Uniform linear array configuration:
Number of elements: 4
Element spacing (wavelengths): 0.75
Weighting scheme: blackman
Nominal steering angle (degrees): -45
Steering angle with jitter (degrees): -44.124
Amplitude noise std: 0.05
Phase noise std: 0.05

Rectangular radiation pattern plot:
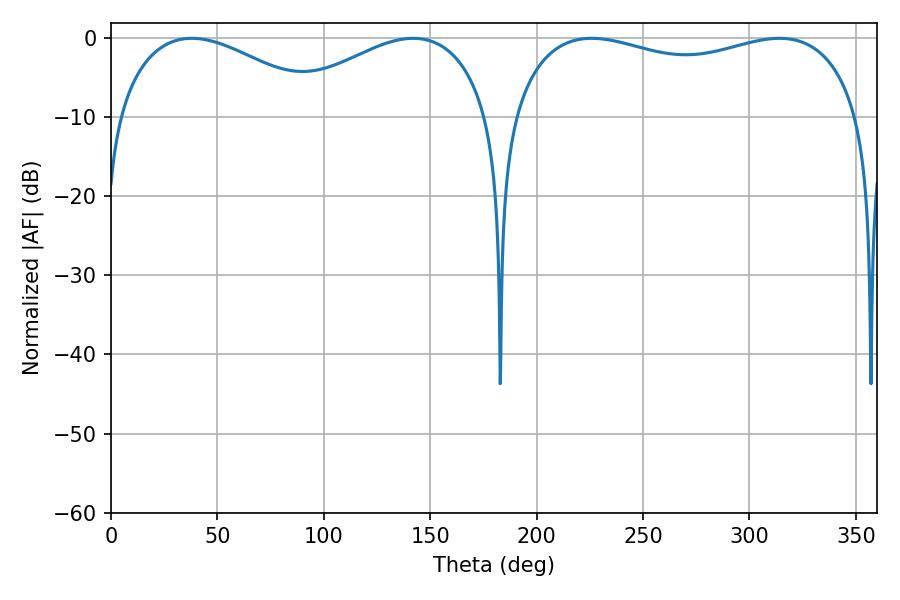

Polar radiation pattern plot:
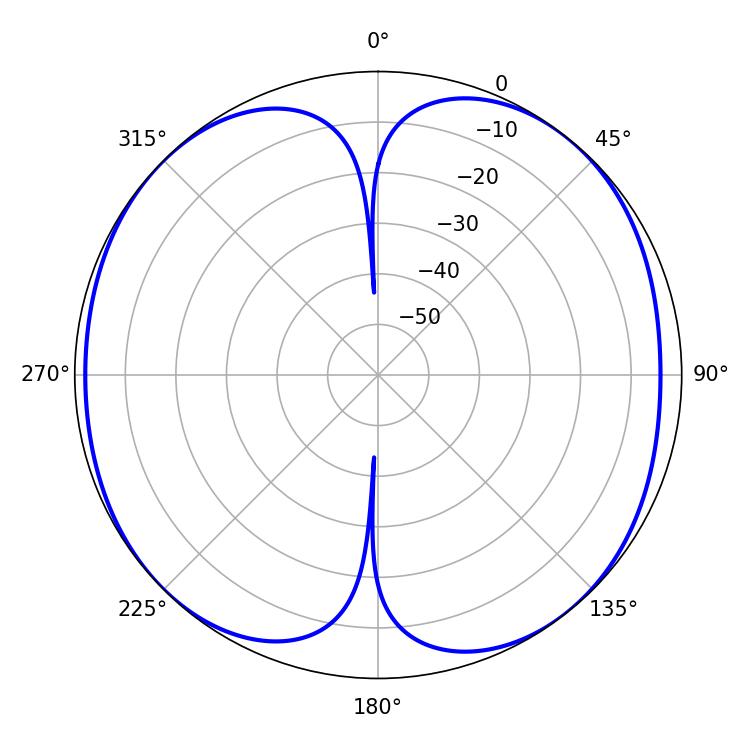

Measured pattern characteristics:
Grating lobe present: TRUE
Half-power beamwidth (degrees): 54.9
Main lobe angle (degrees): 37.98